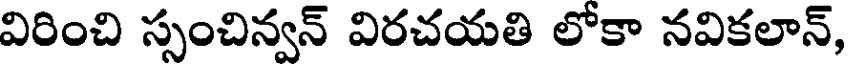
విరించి స్సంచిన్వన్ విరచయతి లోకా నవికలాన్,